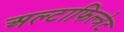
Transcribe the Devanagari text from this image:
अल्टाफिल्त्रेट